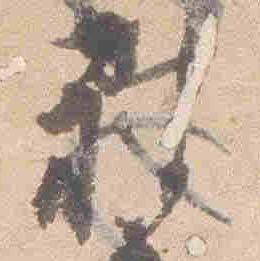
被